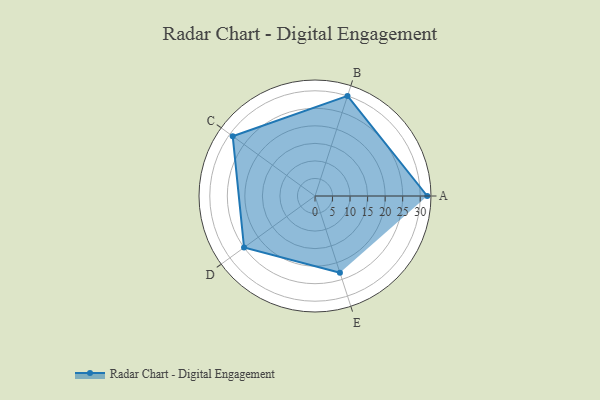
{"axis": {"x": "Skill", "y": "Score"}, "legend": ["Profile"], "data": [{"x": "A", "y": 32.0, "type": "Profile"}, {"x": "B", "y": 30.0, "type": "Profile"}, {"x": "C", "y": 29.0, "type": "Profile"}, {"x": "D", "y": 25.0, "type": "Profile"}, {"x": "E", "y": 23.0, "type": "Profile"}]}